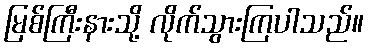
မြစ်ကြီးနားသို့ လိုက်သွားကြပါသည်။